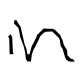
Text: in
Cross-out: clean
Writing tool: digital_black